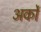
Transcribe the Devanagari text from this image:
अर्कों